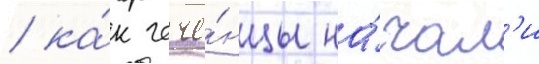
/ ка́к чече́нцы на́чал'и